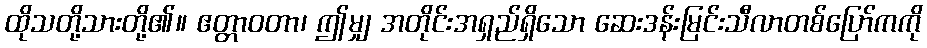
ထိုသတို့သားတို့၏။ ဧတ္တာဝတာ၊ ဤမျှ အတိုင်းအရှည်ရှိသော ဆေးဒန်းမြင်းသီလာတစ်ပြော်ကကို